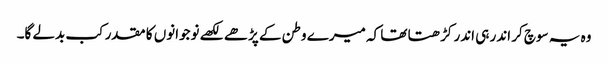
وہ یہ سوچ کر اندر ہی اندر کڑھتا تھا کہ میرے وطن کے پڑھے لکھے نوجوانوں کا مقدر کب بدلے گا۔